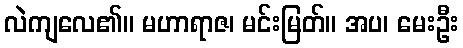
လဲကျလေ၏။ မဟာရာဇ၊ မင်းမြတ်။ အပ၊ မေးဦး